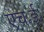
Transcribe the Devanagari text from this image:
एच॰ई॰